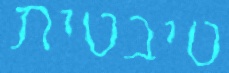
טיבטית